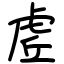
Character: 虗